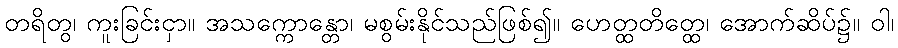
တရိတွ၊ ကူးခြင်းငှာ။ အသက္ကောန္တော၊ မစွမ်းနိုင်သည်ဖြစ်၍။ ဟေတ္ထတိတ္ထေ၊ အောက်ဆိပ်၌။ ဝါ၊